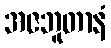
အဇဘူတာနံ